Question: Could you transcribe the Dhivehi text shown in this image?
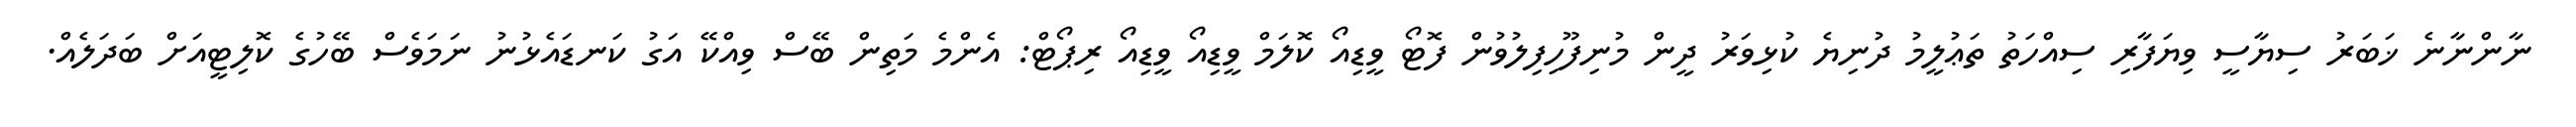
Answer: ނާންނާނެ ޚަބަރު ސިޔާސީ ވިޔަފާރި ސިއްހަތު ތަޢުލީމު ދުނިޔެ ކުޅިވަރު ދީން މުނިފޫހިފިލުވުން ފޮޓޯ ވީޑިއޯ ކޮލަމް ވީޑިއޯ ވީޑިއޯ ރިޕޯޓް: އެންމެ މަތިން ބޭސް ވިއްކޭ އަގު ކަނޑައެޅުނު ނަމަވެސް ބޭހުގެ ކޮލިޓީއަށް ބަދަލެއް.